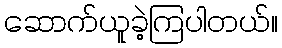
ဆောက်ယူခဲ့ကြပါတယ်။